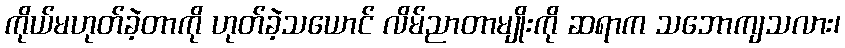
ကိုယ်မဟုတ်ခဲ့တာကို ဟုတ်ခဲ့သယောင် လိမ်ညာတာမျိုးကို ဆရာက သဘောကျသလား၊